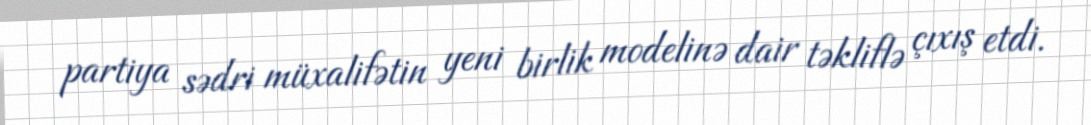
partiya sədri müxalifətin yeni birlik modelinə dair təkliflə çıxış etdi.